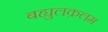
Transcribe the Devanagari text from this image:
बह्युलक़लम